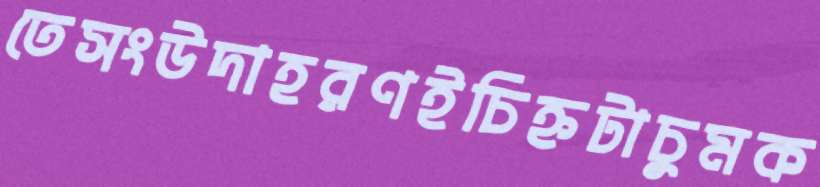
তেসংউদাহরণইচিহ্নটাচুমক